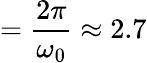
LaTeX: =\frac{2\pi}{\omega_{0}}\approx 2.7